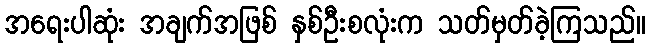
အရေးပါဆုံး အချက်အဖြစ် နှစ်ဦးစလုံးက သတ်မှတ်ခဲ့ကြသည်။